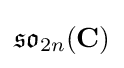
{\mathfrak {so}}_{2n}(\mathbf {C} )